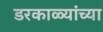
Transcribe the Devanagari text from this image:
डरकाळ्यांच्या